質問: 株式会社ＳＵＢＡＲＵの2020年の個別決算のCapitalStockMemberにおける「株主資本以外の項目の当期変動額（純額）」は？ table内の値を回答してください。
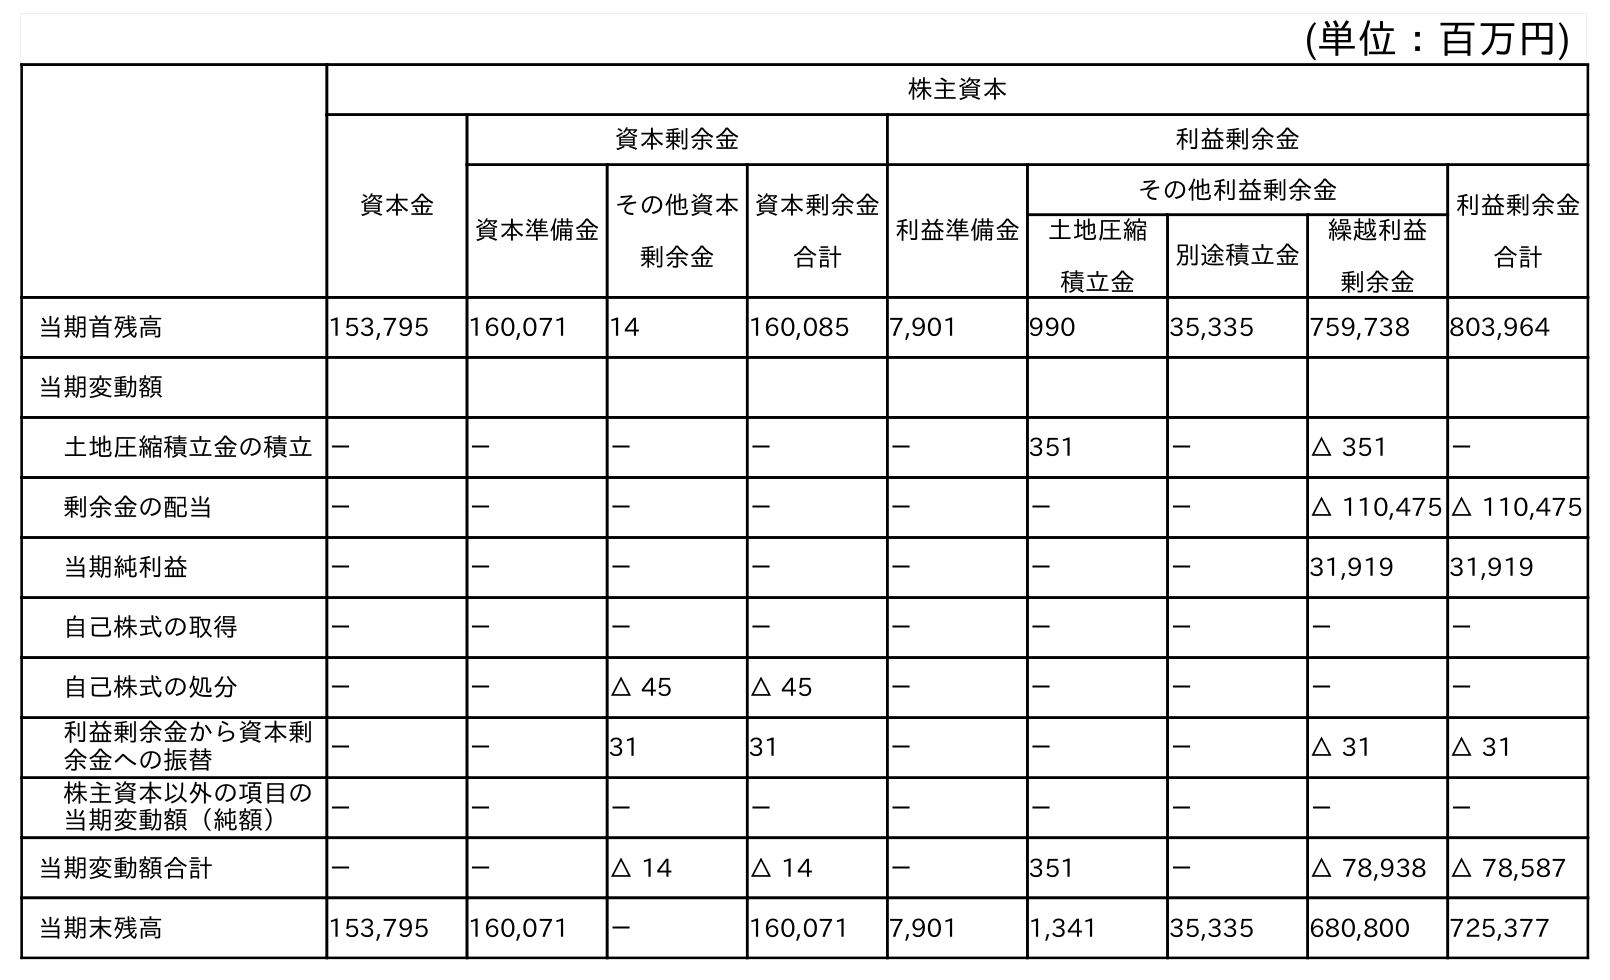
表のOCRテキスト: (単位：百万円) 株主資本 資本金 資本剰余金 利益剰余金 資本準備金 その他資本 剰余金 資本剰余金 合計 利益準備金 その他利益剰余金 利益剰余金 合計 土地圧縮 積立金 別途積立金 繰越利益 剰余金 当期首残高 153,795 160,071 14 160,085 7,901 990 35,335 759,738 803,964 当期変動額 土地圧縮積立金の積立－ － － － － 351 － △ 351 － 剰余金の配当 － － － － － － － △ 110,475 △ 110,475 当期純利益 － － － － － － － 31,919 31,919 自己株式の取得 － － － － － － － － － 自己株式の処分 － － △ 45 △ 45 － － － － － 利益剰余金から資本剰 余金への振替 － － 31 31 － － － △ 31 △ 31 株主資本以外の項目の 当期変動額（純額） － － － － － － － － － 当期変動額合計 － － △ 14 △ 14 － 351 － △ 78,938 △ 78,587 当期末残高 153,795 160,071 － 160,071 7,901 1,341 35,335 680,800 725,377
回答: －